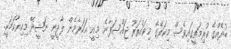
ބުދެއްގެ ކުރިމަތީގައިވެސް މިކަލޭގެ މިވައްތަރު ޖައްސަފާނެ. މިއީ އަހަރެމެން ލާދީނީ ނަޝީދޭ މިކިޔާކަމަކީ.